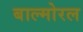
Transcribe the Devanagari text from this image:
बाल्मोरल